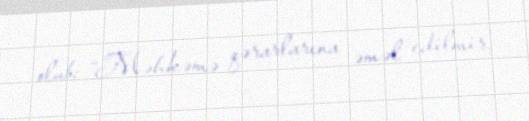
olub: “Məhkəmə qərarlarına əməl edilmir.